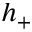
h _ { + }